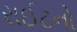
રાઈટનો